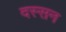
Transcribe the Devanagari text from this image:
दस्सन